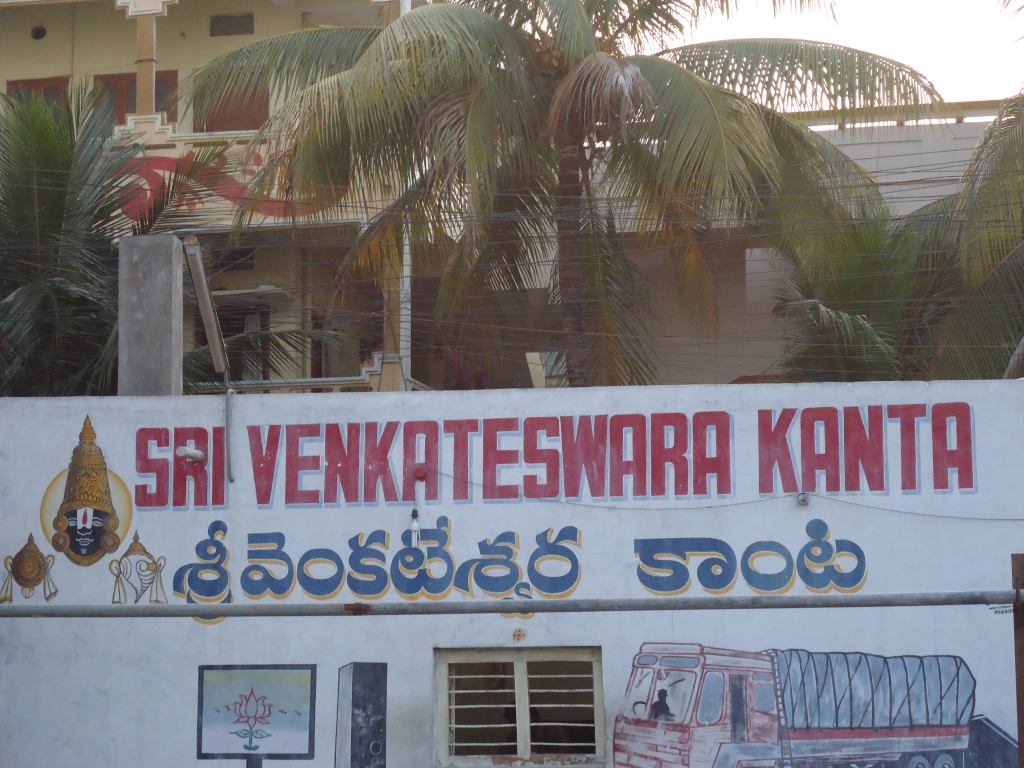
Language: telugu
Transcription: వెంకటేశ్వర కాంట